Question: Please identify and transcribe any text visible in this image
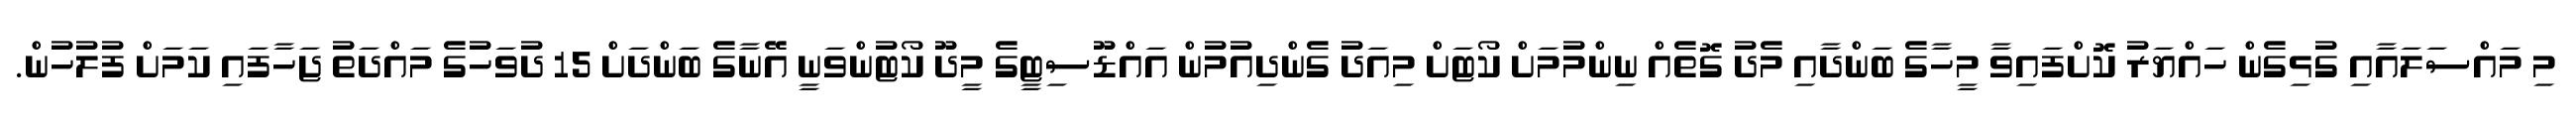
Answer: މި މައްސަލައާއި ގުޅިގެން ހައްޔަރު ކޮށްފައިވާ މީހާގެ ބަންދާއި މެދު ގޮތެއް ނިންމުމަށް ކޯޓަށް މިއަދު ގެންދިއުމުން އައްޑޫސިޓީގެ މީދޫ ކޯޓުންވަނީ އޭނާގެ ބަންދަށް 15 ދުވަހުގެ މައްދަތު ޖަހާފައި ކަމަށް ފުލުހުން.